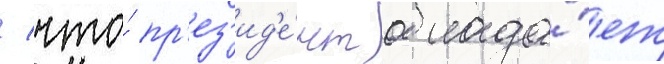
/ что́ пр'ез'ид'е́нт облада́ет